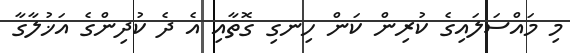
މި މައްސަލައިގެ ކުރިން ކަން ހިނގި ގޮތާއި އެ ދެ ކުދިންގެ އަޚުލާގާ